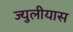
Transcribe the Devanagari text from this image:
ज्युलीयास